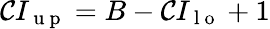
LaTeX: \mathcal{C}I_{\mathrm{{~u~p~}}}=B-\mathcal{C}I_{\mathrm{{~l~o~}}}+1